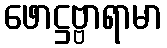
ဖောဋ္ဌဗ္ဗာရာမာ